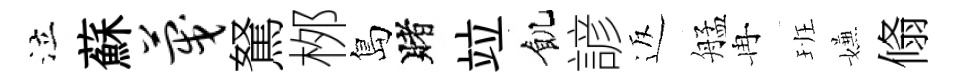
泣蘇蔑駑桞島賭竝飢諺返艋冉班嫌翛